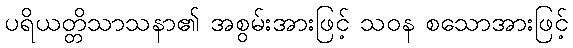
ပရိယတ္တိသာသနာ၏ အစွမ်းအားဖြင့် သဝန စသောအားဖြင့်